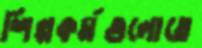
শিল্পকর্মগুলোতে